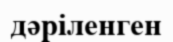
дәріленген